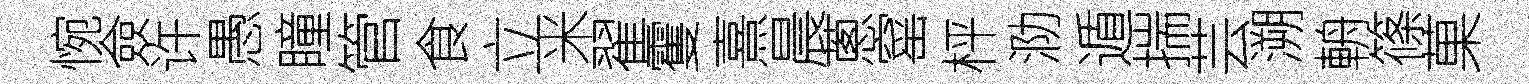
惋僉许愚瞳管食立米翟䨥熹晨蔥窰枰泐遁揣芸溯輈篠菓